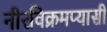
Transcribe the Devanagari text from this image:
नीरविक्रमप्यासी